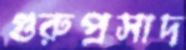
গুরুপ্রসাদ